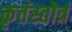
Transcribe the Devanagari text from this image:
कृतंस्तोत्रं